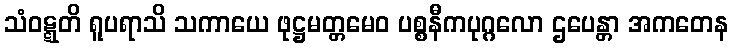
သံဝဋ္ဋတိ ရူပရာသိ သကာယေ ဖုဋ္ဌမတ္တမေဝ ပစ္စနီကပုဂ္ဂလော ဌပေန္တာ အကတေန